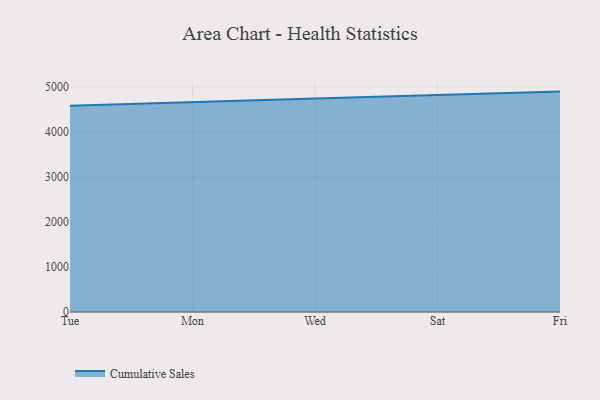
{"axis": {"x": "Day", "y": "Energy Usage (MWh)"}, "legend": ["Cumulative Sales"], "data": [{"x": "Tue", "y": 4576.9, "type": "Cumulative Sales"}, {"x": "Mon", "y": 4651.4, "type": "Cumulative Sales"}, {"x": "Wed", "y": 4738.2, "type": "Cumulative Sales"}, {"x": "Sat", "y": 4818.4, "type": "Cumulative Sales"}, {"x": "Fri", "y": 4893.7, "type": "Cumulative Sales"}]}